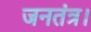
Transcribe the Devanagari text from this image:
जनतंत्र।